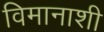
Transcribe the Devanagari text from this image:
विमानाशी